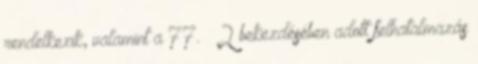
rendelkezik, valamint a 77. § 2 bekezdésében adott felhatalmazás